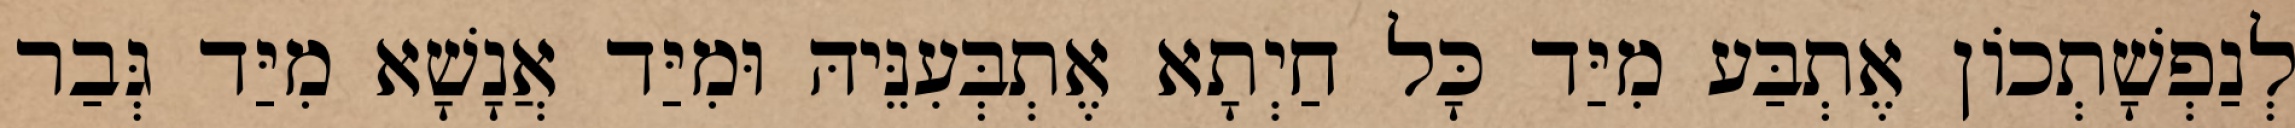
לְנַפְשָׁתְכוֹן אֶתְבַּע מִיַּד כָּל חַיְתָא אֶתְבְּעִנֵּיהּ וּמִיַּד אֲנָשָׁא מִיַּד גְּבַר